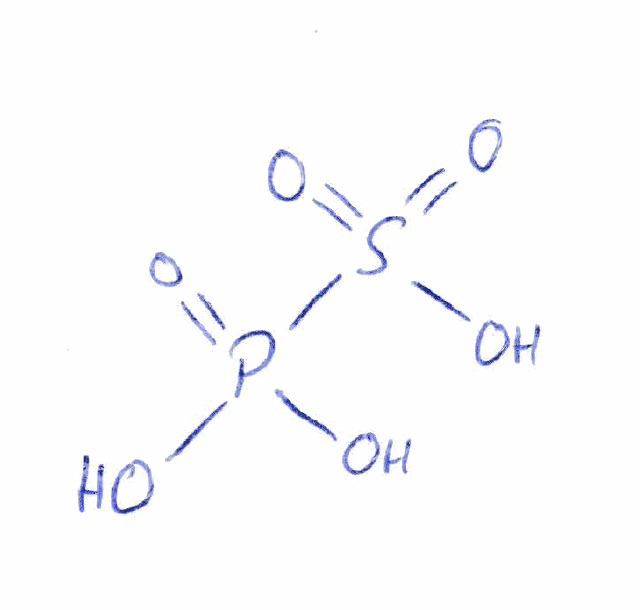
Simplified molecular-input line-entry system (SMILES) notation of the given molecule:
OP(=O)(O)S(=O)(=O)O